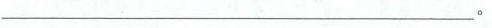
__________________________________.